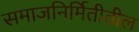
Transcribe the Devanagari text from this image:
समाजनिर्मितीतील